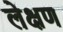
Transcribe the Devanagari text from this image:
लेक्षण